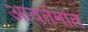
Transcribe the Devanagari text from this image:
आवर्तनांत